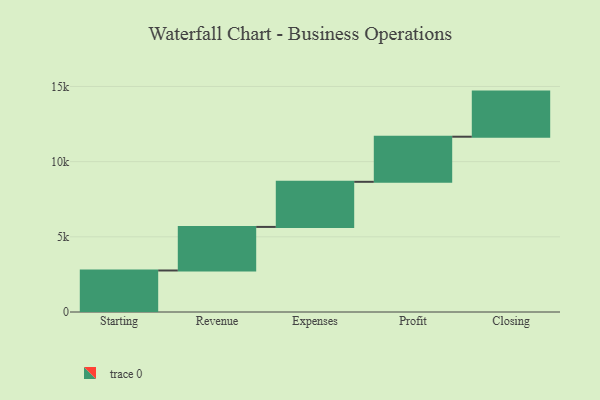
{"axis": {"x": "Step", "y": "Value"}, "legend": [""], "data": [{"x": "Starting", "y": 2761.0, "type": ""}, {"x": "Revenue", "y": 2898.0, "type": ""}, {"x": "Expenses", "y": 3000, "type": ""}, {"x": "Profit", "y": 3000, "type": ""}, {"x": "Closing", "y": 3000, "type": ""}]}